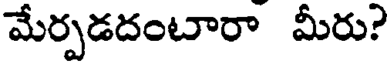
మేర్పడదంటారా మీరు?